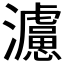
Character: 𤄦